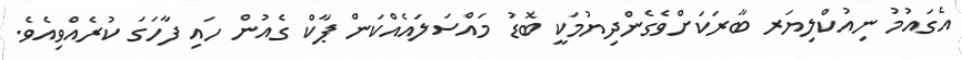
އެގައުމު ނިއުކްލިޔަރ ބާރަކަށްވެގެންދިޔުމަކީ ބޮޑު މައްސަލައެއްކަން ޕާކް ގެއުން ހައި ފާހަގަ ކުރެއްވިއެވެ.